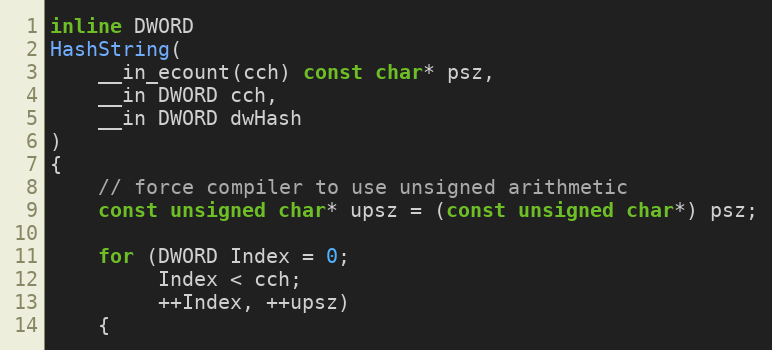
Language: C
inline DWORD
HashString(
    __in_ecount(cch) const char* psz,
    __in DWORD cch,
    __in DWORD dwHash
)
{
    // force compiler to use unsigned arithmetic
    const unsigned char* upsz = (const unsigned char*) psz;

    for (DWORD Index = 0;
         Index < cch;
         ++Index, ++upsz)
    {